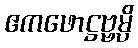
ဧကဖောဋ္ဌဗ္ဗမ္ပိ